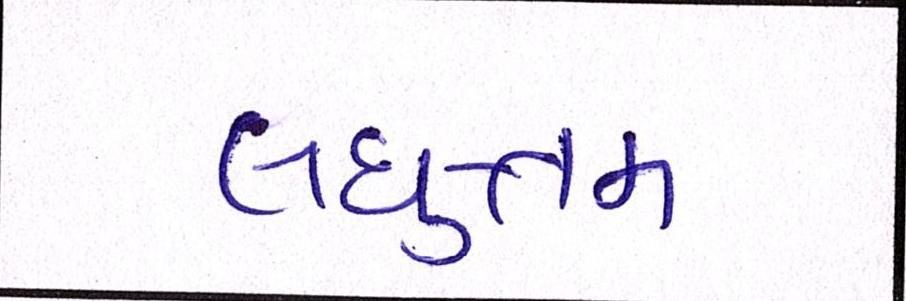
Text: લઘુત્તમ